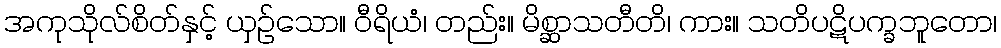
အကုသိုလ်စိတ်နှင့် ယှဉ်သော။ ဝီရိယံ၊ တည်း။ မိစ္ဆာသတီတိ၊ ကား။ သတိပဋိပက္ခဘူတော၊